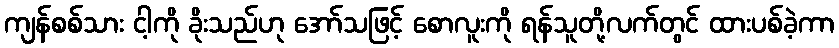
ကျန်စစ်သား ငါ့ကို ခိုးသည်ဟု အော်သဖြင့် စောလူးကို ရန်သူတို့လက်တွင် ထားပစ်ခဲ့ကာ